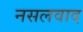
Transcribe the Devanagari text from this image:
नसलवाद